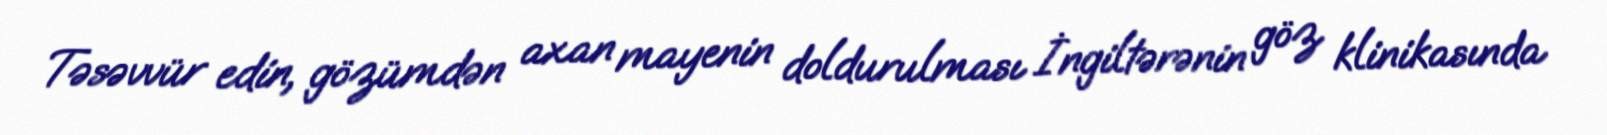
Təsəvvür edin, gözümdən axan mayenin doldurulması İngiltərənin göz klinikasında